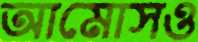
আমোসও